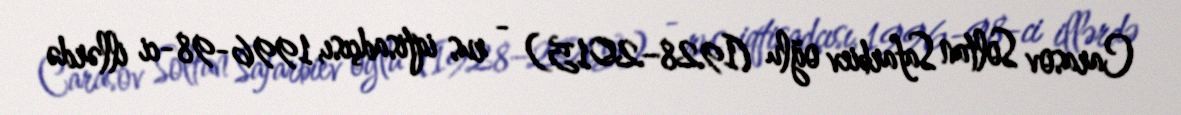
Carasov Soltan Safarbiev oğlu (1928–2015) - rus iqtisadçısı, 1996-98-ci illərdə